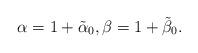
LaTeX: \begin{align*}\alpha = 1 + \tilde \alpha_0, \beta= 1 + \tilde \beta_0.\end{align*}